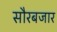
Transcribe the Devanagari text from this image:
सौरबजार